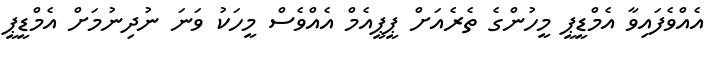
އެއްވެފައިވާ އެމްޑީޕީ މީހުންގެ ތެރެއަށް ޕީޕީއެމް އެއްވެސް މީހަކު ވަނަ ނުދިނުމަށް އެމްޑީޕީ